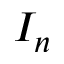
I _ { n }